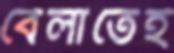
বেলাতেই